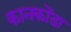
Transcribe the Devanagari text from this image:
कानकोंडा